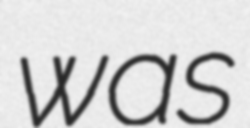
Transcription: was